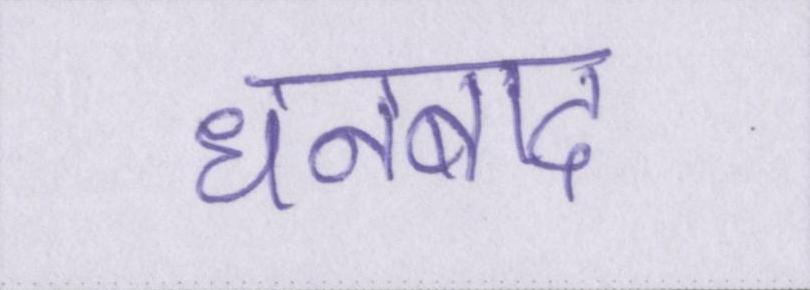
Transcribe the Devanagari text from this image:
धनबाद